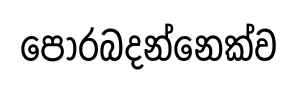
පොරබදන්නෙක්ව